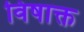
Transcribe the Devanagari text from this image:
विषाक्त